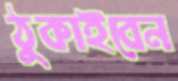
ঠুকাইবেন